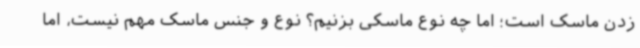
زدن ماسک است؛ اما چه نوع ماسکی بزنیم؟ نوع و جنس ماسک مهم نیست، اما